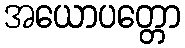
အယောပတ္တော